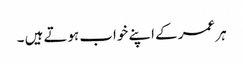
ہر عمر کے اپنے خواب ہوتے ہیں ۔